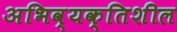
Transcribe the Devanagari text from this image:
अभिव्यक्तिशील